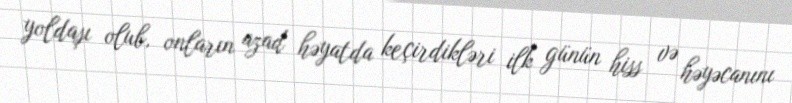
yoldaşı olub, onların azad həyatda keçirdikləri ilk günün hiss və həyəcanını